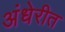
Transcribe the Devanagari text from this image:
अंधेरीत